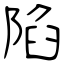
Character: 陷